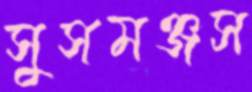
সুসমঞ্জস